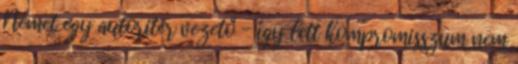
Német egy autoriter vezető - így lett kompromisszum nem